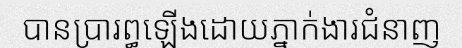
បានប្រារព្ធឡើងដោយភ្នាក់ងារជំនាញ